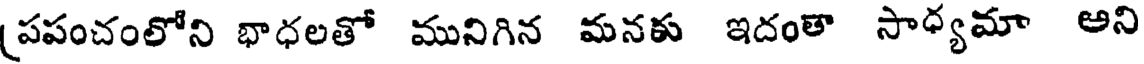
(పపంచంలోని భాధలతో మునిగిన మనకు ఇదంతా సాధ్యమా అని